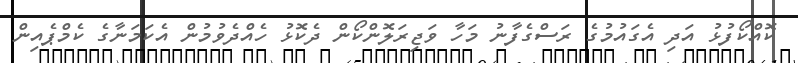
ކޮއްކޯފުޅު އަދި އެގައުމުގެ ރަސްގެފާނު މަހާ ވަޖިރަލޮންކޯން ދެކޮޅު ހެއްދެވުމުން އެކަމަނާގެ ކެމްޕެއިން